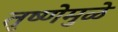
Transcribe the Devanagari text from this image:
तृष्णेमुळे